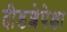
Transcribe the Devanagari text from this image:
दीडशेपेक्षा